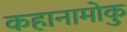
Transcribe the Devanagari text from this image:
कहानामोकु